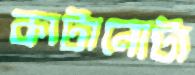
কাটানোটা